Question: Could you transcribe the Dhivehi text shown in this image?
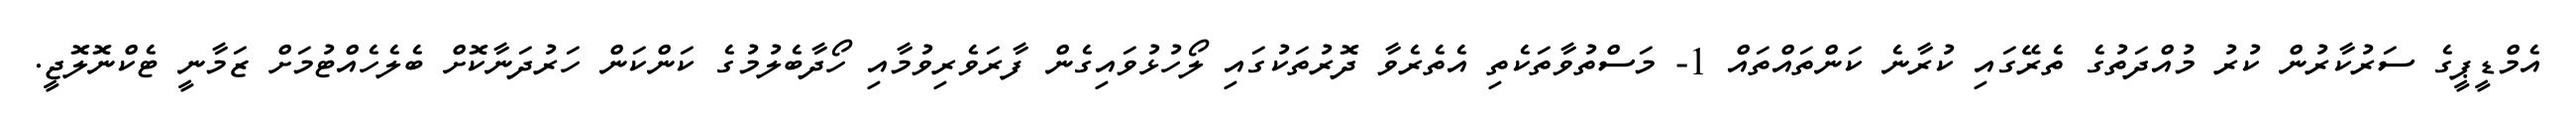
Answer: އެމްޑީޕީގެ ސަރުކާރުން ކުރު މުއްދަތުގެ ތެރޭގައި ކުރާނެ ކަންތައްތައް 1- މަސްތުވާތަކެތި އެތެރެވާ ދޮރުތަކުގައި ލޯހުޅުވައިގެން ފާރަވެރިވުމާއި ހޯދާބެލުމުގެ ކަންކަން ހަރުދަނާކޮށް ބެލެހެއްޓުމަށް ޒަމާނީ ޓެކްނޮލޮޖީ.